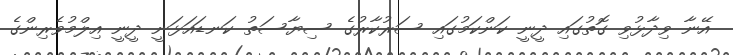
އޭނާ ވިދާޅުވި ގޮތުގައި ދީނީ ކަންކަމުގައި ސަރުކާރުގެ ސިޔާސަތު ކަނޑައަޅަނީ ދީނީ އިލްމުވެރިންގެ